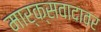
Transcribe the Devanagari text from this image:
मार्क्सवादावर